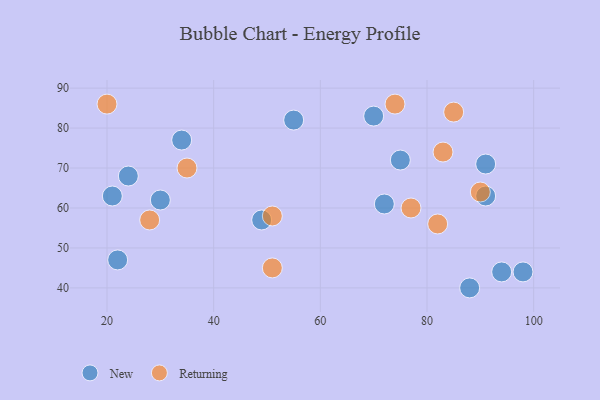
{"axis": {"x": "GDP", "y": "Life Expectancy"}, "legend": ["New", "Returning"], "data": [{"x": "88", "y": 40, "type": "New"}, {"x": "21", "y": 63, "type": "New"}, {"x": "70", "y": 83, "type": "New"}, {"x": "94", "y": 44, "type": "New"}, {"x": "30", "y": 62, "type": "New"}, {"x": "91", "y": 63, "type": "New"}, {"x": "75", "y": 72, "type": "New"}, {"x": "24", "y": 68, "type": "New"}, {"x": "55", "y": 82, "type": "New"}, {"x": "34", "y": 77, "type": "New"}, {"x": "91", "y": 71, "type": "New"}, {"x": "98", "y": 44, "type": "New"}, {"x": "22", "y": 47, "type": "New"}, {"x": "72", "y": 61, "type": "New"}, {"x": "49", "y": 57, "type": "New"}, {"x": "74", "y": 86, "type": "Returning"}, {"x": "90", "y": 64, "type": "Returning"}, {"x": "35", "y": 70, "type": "Returning"}, {"x": "85", "y": 84, "type": "Returning"}, {"x": "51", "y": 45, "type": "Returning"}, {"x": "51", "y": 58, "type": "Returning"}, {"x": "82", "y": 56, "type": "Returning"}, {"x": "28", "y": 57, "type": "Returning"}, {"x": "20", "y": 86, "type": "Returning"}, {"x": "83", "y": 74, "type": "Returning"}, {"x": "77", "y": 60, "type": "Returning"}]}